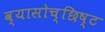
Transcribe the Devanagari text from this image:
व्यासोच्छिष्ट